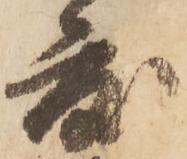
度